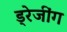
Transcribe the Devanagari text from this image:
ड्रेजींग